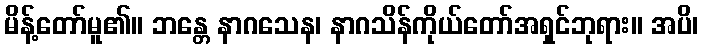
မိန့်တော်မူ၏။ ဘန္တေ နာဂသေန၊ နာဂသိန်ကိုယ်တော်အရှင်ဘုရား။ အပိ၊